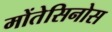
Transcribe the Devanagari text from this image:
मोंतेसिनोस